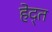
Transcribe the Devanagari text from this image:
हेद्त